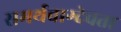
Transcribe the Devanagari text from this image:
समर्थवाग्देवता